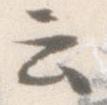
云